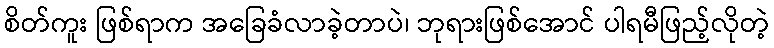
စိတ်ကူး ဖြစ်ရာက အခြေခံလာခဲ့တာပဲ၊ ဘုရားဖြစ်အောင် ပါရမီဖြည့်လိုတဲ့